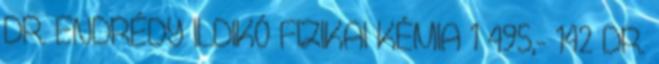
DR. ENDRÉDY ILDIKÓ FIZIKAI KÉMIA 1 495,- 142 DR.